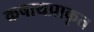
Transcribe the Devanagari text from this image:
कषायप्राकृत